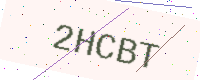
Text: 2HCBT